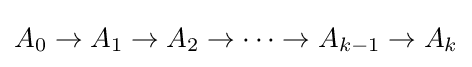
A_{0}\to A_{1}\to A_{2}\to \cdots \to A_{k-1}\to A_{k}